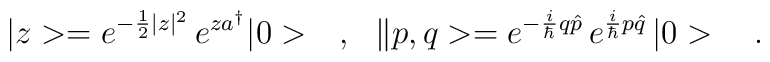
|z>=e^{-\frac{1}{2}|z|^2}\,e^{za^\dagger}|0>\ \ \ ,\ \ \|p,q>=e^{-\frac{i}{\hbar}q\hat{p}}\,e^{\frac{i}{\hbar}p\hat{q}}\,|0>\ \ \ .